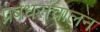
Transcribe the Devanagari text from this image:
प्रबंधसंचालन